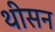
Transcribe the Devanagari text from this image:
थीसन